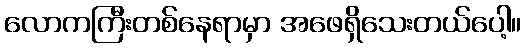
လောကကြီးတစ်နေရာမှာ အဖေရှိသေးတယ်ပေါ့။